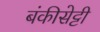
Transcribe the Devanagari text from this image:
बंकीसेट्टी